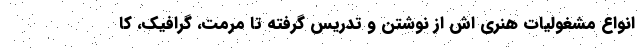
انواع مشغولیات هنری اش از نوشتن و تدریس گرفته تا مرمت، گرافیک، کا